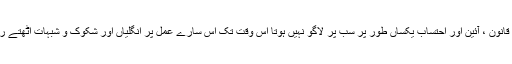
جب تک قانون ، آئین اور احتساب یکساں طور پر سب پر لاگو نہیں ہوتا اس وقت تک اس سارے عمل پر انگلیاں اور شکوک و شبہات اٹھتے رہیں گے۔